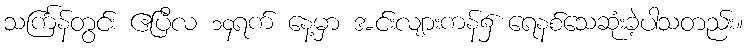
သင်္ကြန်တွင်း ဧပြီလ ၁၄ရက် နေ့မှာ အင်းလျားကန်၌ ရေနစ်သေဆုံးခဲ့ပါသတည်း။